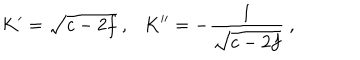
LaTeX: K ^ { \prime } = \sqrt { c - 2 f } \ , \ \ \ K ^ { \prime \prime } = - \frac { 1 } { \sqrt { c - 2 f } } \ ,